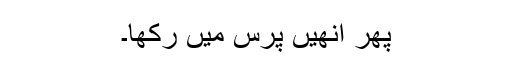
پھر انھیں پرس میں رکھا۔